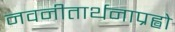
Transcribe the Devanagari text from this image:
नवनीतार्थनाप्रह्वो